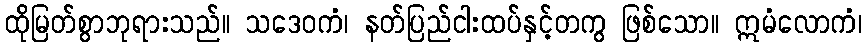
ထိုမြတ်စွာဘုရားသည်။ သဒေဝကံ၊ နတ်ပြည်ငါးထပ်နှင့်တကွ ဖြစ်သော။ ဣမံလောကံ၊